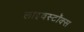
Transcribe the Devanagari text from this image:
लाइवस्टॉक्स